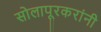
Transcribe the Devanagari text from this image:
सोलापूरकरांनी